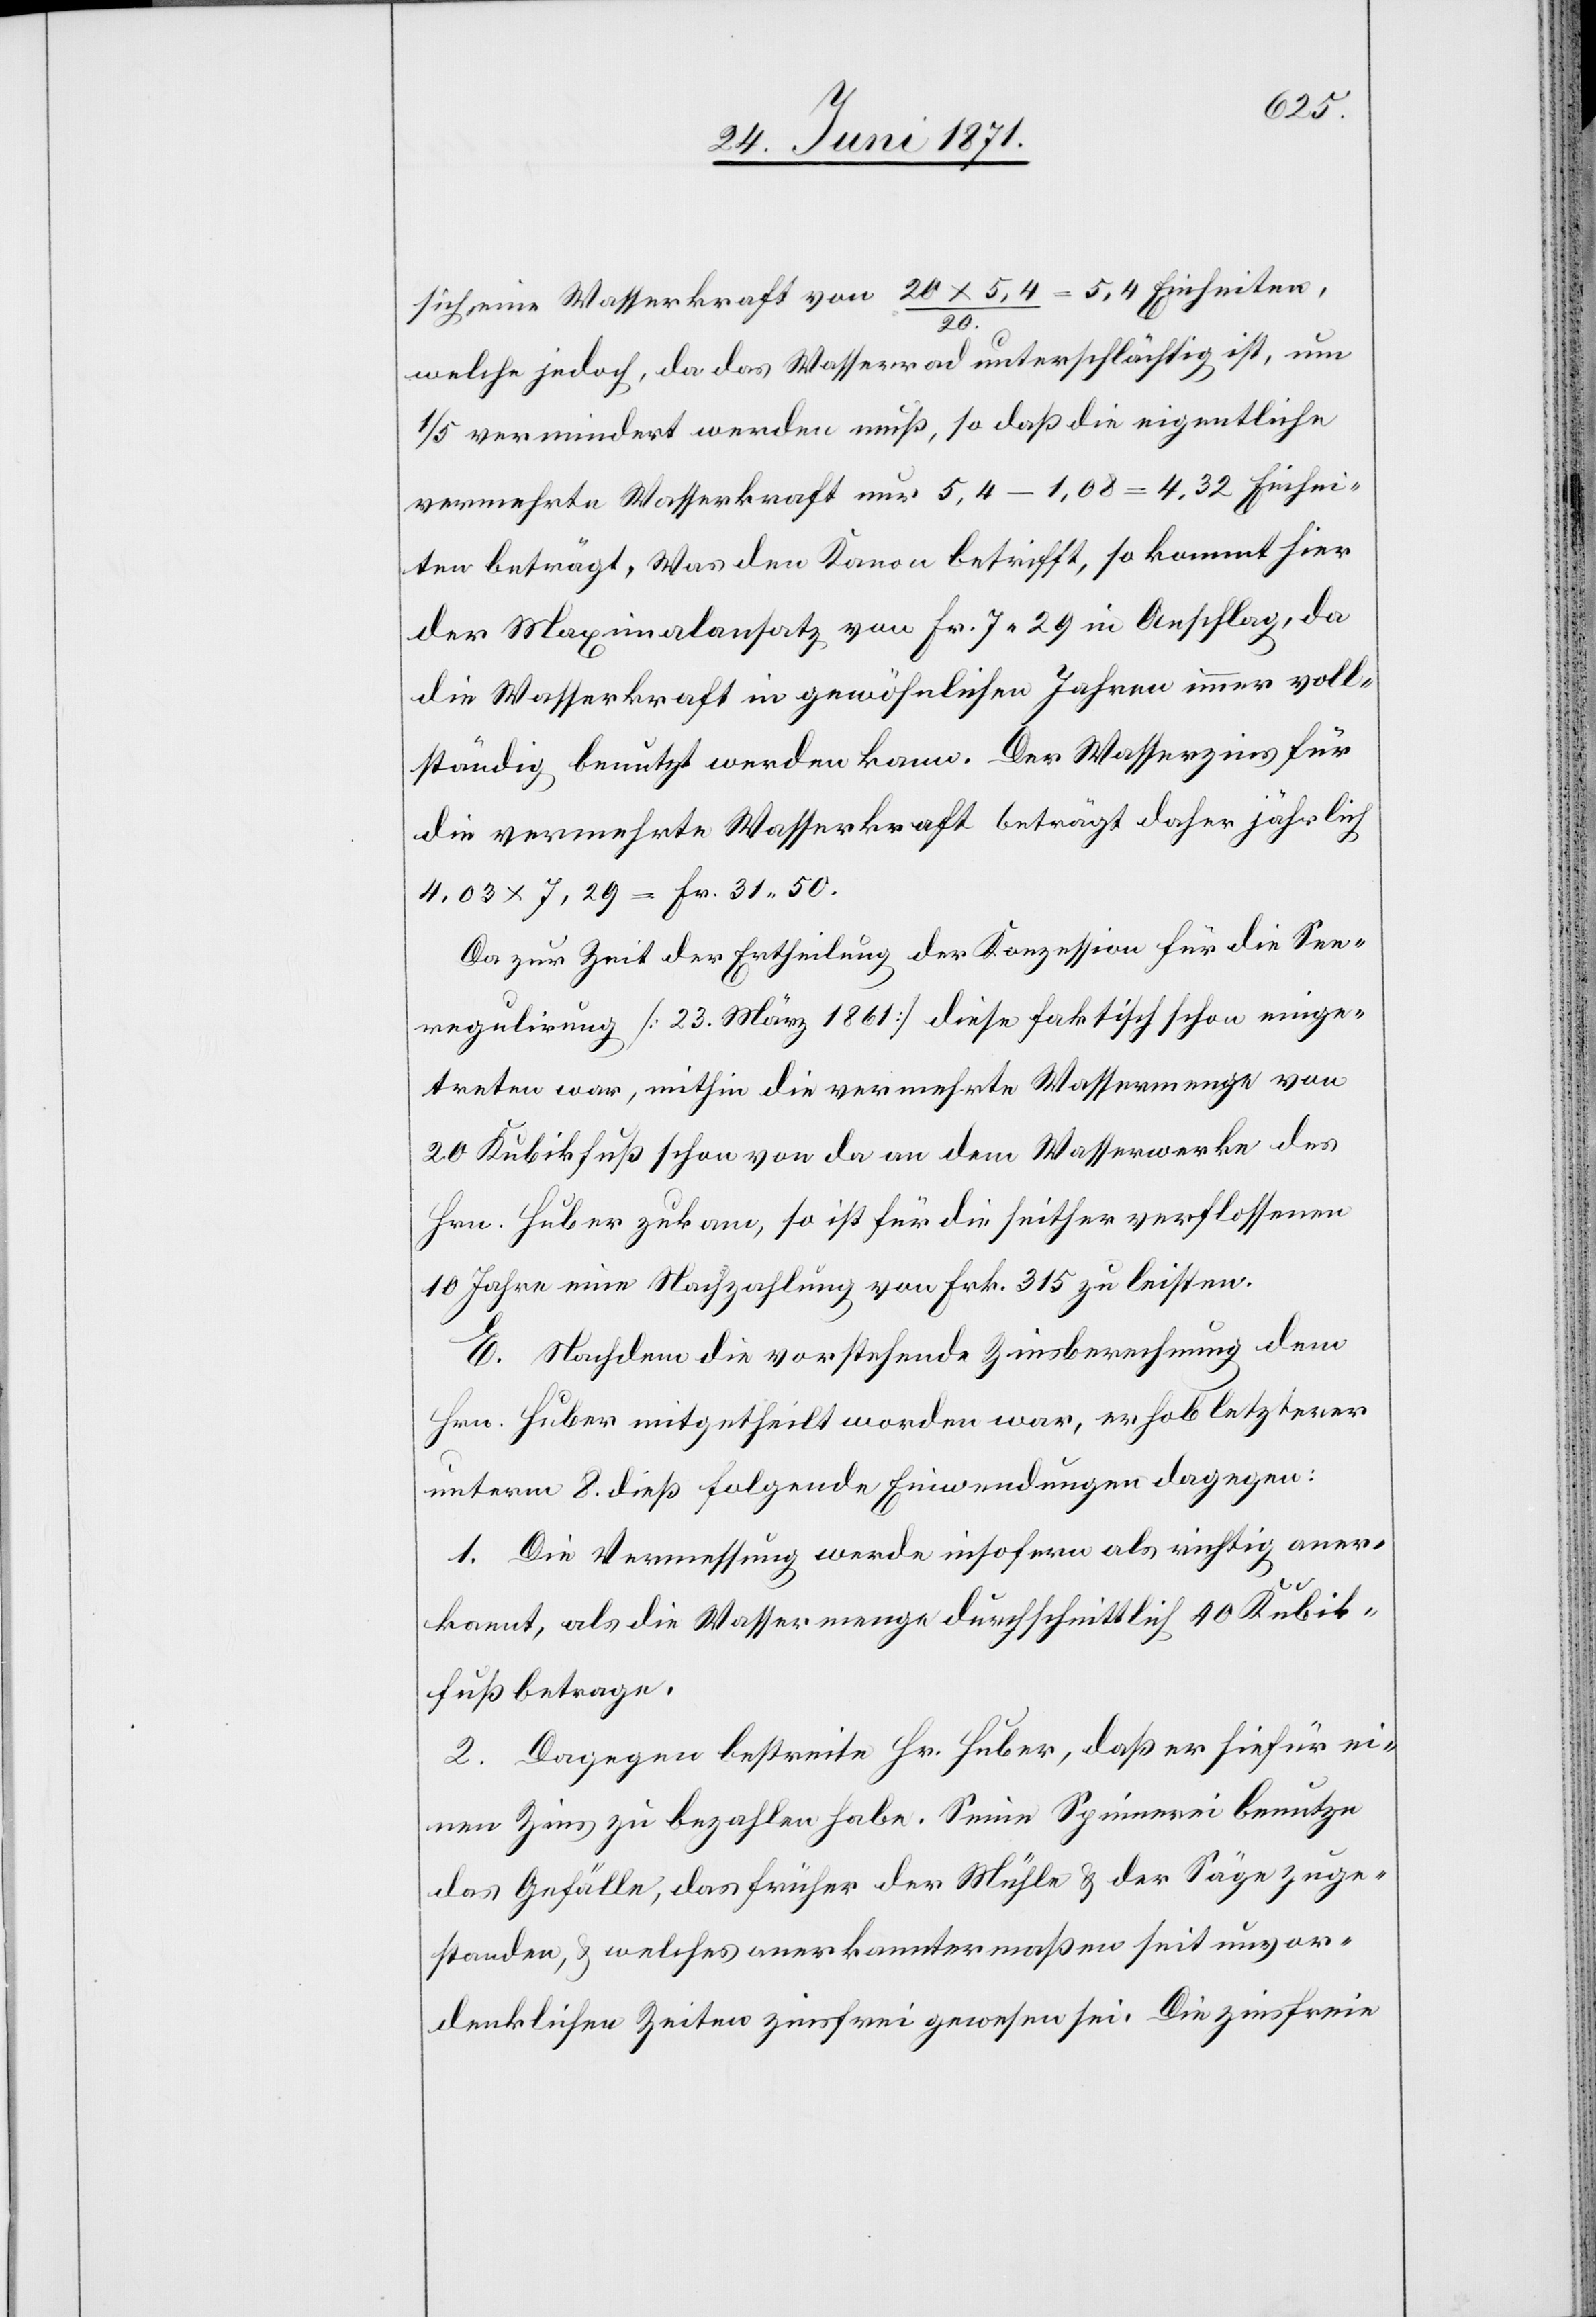
sich eine Wasserkraft von 20x5,4 / 20. = 5,4 Einheiten,
welche jedoch, da das Wasserrad unterschlächtig ist, um
1/5 vermindert werden muß, so daß die eigentliche
vermehrte Wasserkraft nur 5,4-1,08 = 4,32 Einhei¬
ten beträgt. Was den Kanon betrifft, so kommt hier
der Maximalansatz von Fr. 7.29 in Anschlag, da
die Wasserkraft in gewöhnlichen Jahren immer voll¬
ständig benutzt werden kann. Der Wasserzins für
die vermehrte Wasserkraft beträgt daher jährlich
4.03x7.29 = Fr. 31.50.
Da zur Zeit der Ertheilung der Konzession für die See¬
regulirung [23. März 1861] diese faktisch schon einge¬
treten war, mithin die vermehrte Wassermenge von
20 Kubikfuß schon von da an dem Wasserwerke des
Hrn. Huber zukam, so ist für die seither verflossenen
10 Jahre eine Nachzahlung von Frk. 315 zu leisten.
E. Nachdem die vorstehende Zinsberechnung dem
Hrn. Huber mitgetheilt worden war, erhob letzterer
unterm 8. dieß folgende Einwendungen dagegen:
1. Die Vermessung werde insofern als richtig aner¬
kannt, als die Wassermenge durchschnittlich 40 Kubik¬
fuß betrage.
2. Dagegen bestreite Hr. Huber, daß er hiefür ei¬
nen Zins zu bezahlen habe. Seine Spinnerei benutze
das Gefälle, das früher der Mühle u. der Säge zuge¬
standen, u. welches anerkanntermaßen seit unvor¬
denklichen Zeiten zinsfrei gewesen sei. Die zinsfreie